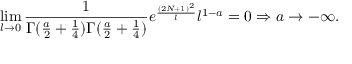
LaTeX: \operatorname * { l i m } _ { l \rightarrow 0 } \frac { 1 } { \Gamma ( \frac { a } { 2 } + \frac { 1 } { 4 } ) \Gamma ( \frac { a } { 2 } + \frac { 1 } { 4 } ) } e ^ { \frac { ( 2 N + 1 ) ^ { 2 } } { l } } l ^ { 1 - a } = 0 \Rightarrow a \rightarrow - \infty .